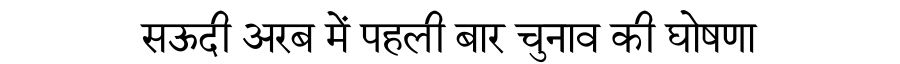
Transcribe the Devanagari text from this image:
सऊदी अरब में पहली बार चुनाव की घोषणा